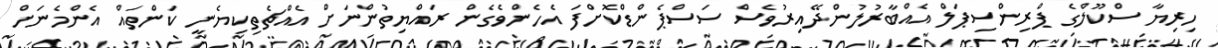
ހިރިޔާ ސްކޫލްގެ ޕްރިންސިޕަލް އެއްބާރުލުންދޭއިރުވެސް ސަސްޕެންޑްކޮށްފަ އެހެންވެގެން ރައްޔިތުންނަށް އެއްޗެތިކިޔެނީ ކަންތައް އެންމެނަށް